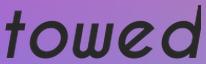
towed